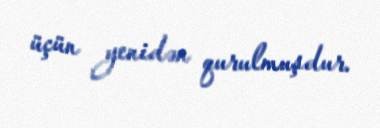
üçün yenidən qurulmuşdur.